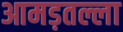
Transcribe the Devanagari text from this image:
आमड़तल्ला